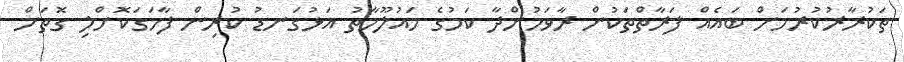
ތަކުރާރުކުރުމަށް ބައެއް ފަރާތްތަކުން ރާވަމުންދާ ކަމުގެ މައުލޫމާތު އަޅުގަނޑު ކުރިން ފާހަގަކޮށްލި ގޮތަށް